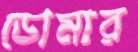
ডোমার